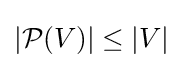
|{\mathcal {P}}(V)|\leq |V|